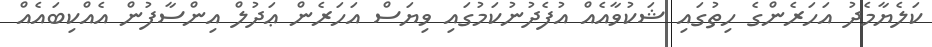
ކަލެޔާމެދު އަހަރެންގެ ހިތުގައި ޝަކުވާއެއް އުފެދުނުކަމުގައި ވިޔަސް އަހަރެން ޢަދުލް އިންސާފުން އެއްކިބައެއް